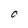
Character: O